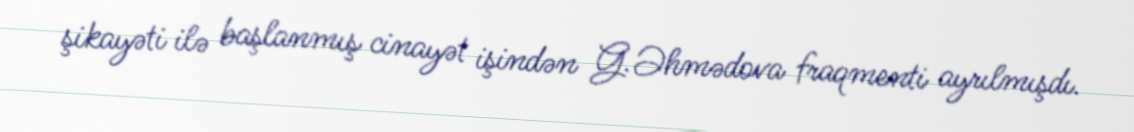
şikayəti ilə başlanmış cinayət işindən G.Əhmədova fraqmenti ayrılmışdı.